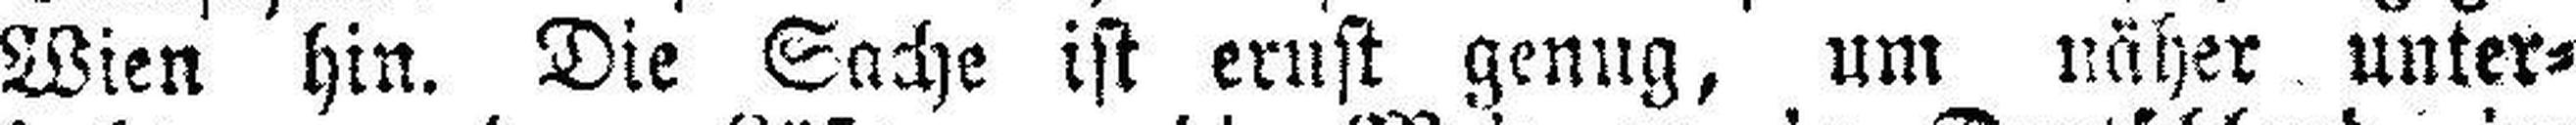
Wien hin. Die Sache ist ernst genug, um näher unter¬